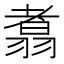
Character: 翥